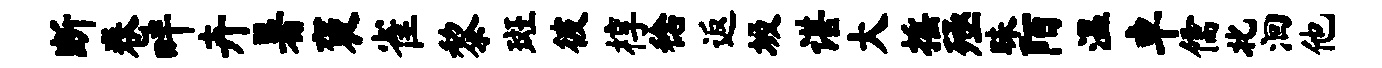
断卷畔卉暑褒雀黎斑彼椁稔返圾谌大摇殛昧陌温卓儒北洄他